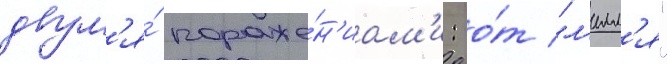
двум'я́ пораже́н'иам'и: о́т "л'илл'я"